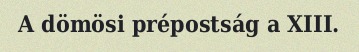
A dömösi prépostság a XIII.